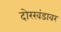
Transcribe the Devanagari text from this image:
दोरखंडावर